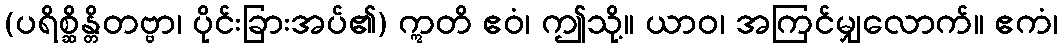
(ပရိစ္ဆိန္တိတဗ္ဗာ၊ ပိုင်းခြားအပ်၏) ဣတိ ဧဝံ၊ ဤသို့။ ယာဝ၊ အကြင်မျှလောက်။ ဧကံ၊